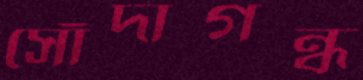
সোঁদাগন্ধ